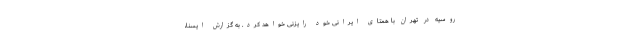
روسیه در تهران با همتای ایرانی خود رایزنی خواهد کرد. به گزارش ایسنا،